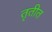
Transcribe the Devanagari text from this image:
तृतीत